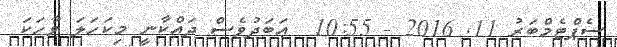
ސެޕްޓެމްބަރު 11